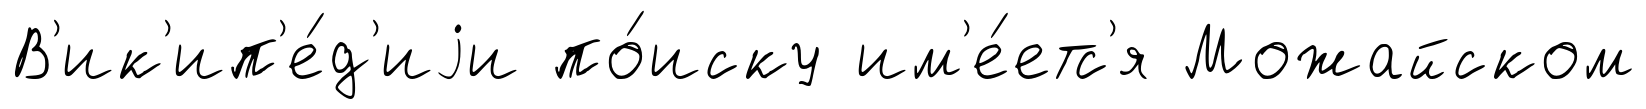
В'ик'ип'е́д'иjи по́иску им'е́етс'я Можайском